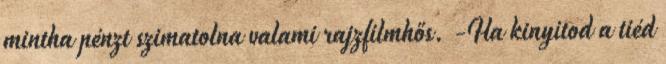
mintha pénzt szimatolna valami rajzfilmhős. -Ha kinyitod a tiéd